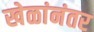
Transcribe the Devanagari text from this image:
खेळांनंतर